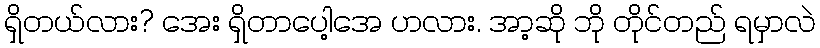
ရှိတယ်လား? အေး ရှိတာပေါ့အေ ဟလား. အာ့ဆို ဘို တိုင်တည် ရမှာလဲ